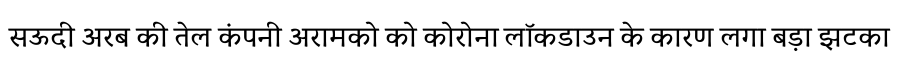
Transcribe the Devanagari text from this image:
सऊदी अरब की तेल कंपनी अरामको को कोरोना लॉकडाउन के कारण लगा बड़ा झटका